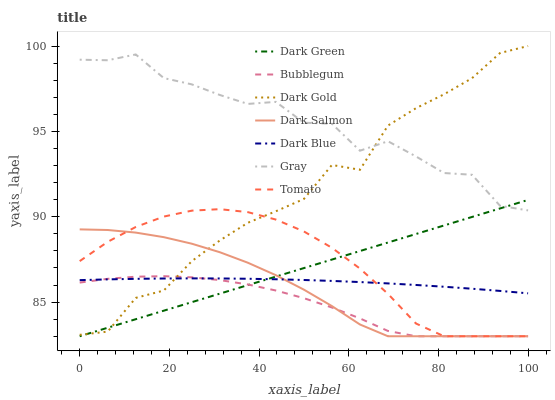
| xaxis_label | Dark Green | Bubblegum | Dark Gold | Dark Salmon | Dark Blue | Gray | Tomato |
 | --- | --- | --- | --- | --- | --- | --- | --- |
 | 0 | 83 | 86.1 | 83.1 | 89.3 | 86.3 | 99.2 | 87.4 |
 | 6.25 | 83.5 | 86.4 | 83.3 | 89.2 | 86.3 | 99.2 | 88.5 |
 | 12.5 | 84 | 86.5 | 85.2 | 89.1 | 86.4 | 99.5 | 89.4 |
 | 18.8 | 84.5 | 86.5 | 85.7 | 88.8 | 86.4 | 98.1 | 90 |
 | 25 | 85 | 86.5 | 87.4 | 88.4 | 86.4 | 97.8 | 90.4 |
 | 31.2 | 85.5 | 86.3 | 88.6 | 87.9 | 86.4 | 97.1 | 90.4 |
 | 37.5 | 86 | 86 | 89.6 | 87.3 | 86.4 | 96.6 | 90.3 |
 | 43.8 | 86.5 | 85.7 | 90.3 | 86.6 | 86.3 | 96.7 | 89.8 |
 | 50 | 87 | 85.2 | 91 | 85.7 | 86.3 | 95.5 | 89.1 |
 | 56.2 | 87.5 | 84.7 | 93 | 84.8 | 86.2 | 95.4 | 88.2 |
 | 62.5 | 88 | 84 | 92.8 | 83.7 | 86.2 | 93.9 | 87 |
 | 68.8 | 88.5 | 83.3 | 95.3 | 83 | 86.1 | 94.4 | 85.5 |
 | 75 | 89 | 83 | 96.4 | 83 | 86 | 93.5 | 83.7 |
 | 81.2 | 89.5 | 83 | 97.2 | 83 | 85.9 | 92.6 | 83 |
 | 87.5 | 90 | 83 | 98.1 | 83 | 85.8 | 92.5 | 83 |
 | 93.8 | 90.5 | 83 | 99.6 | 83 | 85.7 | 90.6 | 83 |
 | 100 | 91 | 83 | 100 | 83 | 85.5 | 90.4 | 83 |